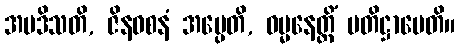
အပဒိသတိ, ဇိနဝစနံ အပ္ပေတိ, ဓမ္မနေတ္တိံ ပတိဋ္ဌာပေတိ။